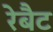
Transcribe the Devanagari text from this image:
रेबैट